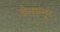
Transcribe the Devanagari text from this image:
चेन्गन्नूर